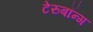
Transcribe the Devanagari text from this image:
टेरुबॉन्ग